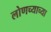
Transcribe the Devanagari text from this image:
लोणच्याच्या